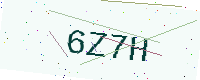
Text: 6Z7H